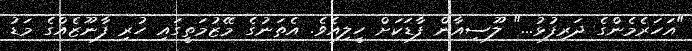
"އަހަރެމެންގެ ދަރިފުޅު..." ލޫސިއާން ފާޑަކަށް ހީލިއެވެ. އެތަނުގެ މޭޒުމަތީގައި ހުރި ފާނޫޒެއްގެ މަޑު